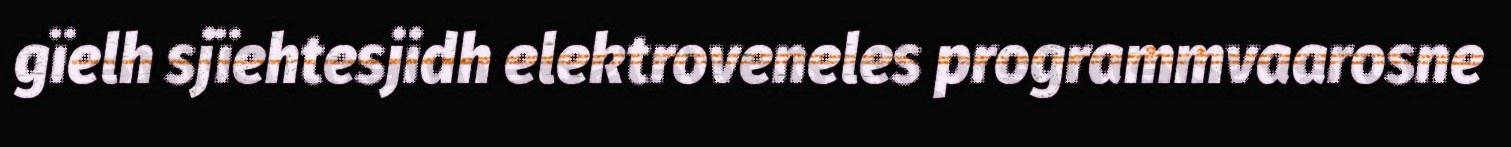
gïelh sjïehtesjidh elektroveneles programmvaarosne